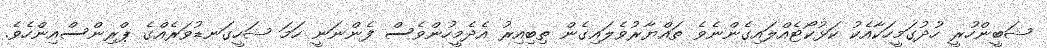
ޝަބީންހުރީ ހުދުގަމީހަކާއެކު ކަޅުކޯޓެއްލައިގެންނެވެ ތައްޔާރުވެލައިގެން ތިބިއިރު އެދެމީހުންވެސް ފެންނަނީ ހަމަ ޝަހީގަނޑުވަރެއްގެ ޕްރިންސްއިންހެވެ.